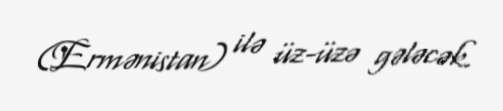
(Ermənistan) ilə üz-üzə gələcək.